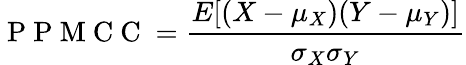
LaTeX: \mathrm{~P~P~M~C~C~}=\frac{E[(X-\mu_{X})(Y-\mu_{Y})]}{\sigma_{X}\sigma_{Y}}